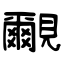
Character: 覼